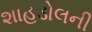
શાહડોલની